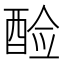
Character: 𫑷